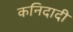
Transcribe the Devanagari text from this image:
कनिदादी